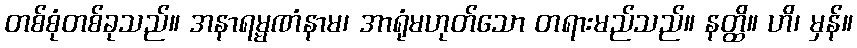
တစ်စုံတစ်ခုသည်။ အနာရမ္မဏံနာမ၊ အာရုံမဟုတ်သော တရားမည်သည်။ နတ္ထိ။ ဟိ၊ မှန်။